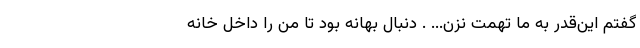
گفتم این‌قدر به ما تهمت نزن... . دنبال بهانه بود تا من را داخل خانه